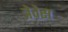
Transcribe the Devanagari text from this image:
त्रेवेस